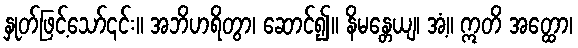
နှုတ်ဖြင့်သော်၎င်း။ အဘိဟရိတွာ၊ ဆောင်၍။ နိမန္တေယျ၊ အံ့။ ဣတိ အတ္ထော၊